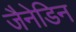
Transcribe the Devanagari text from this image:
जैनेडिन